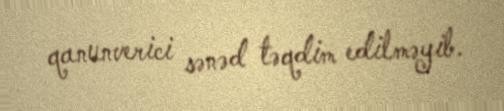
qanunverici sənəd təqdim edilməyib.